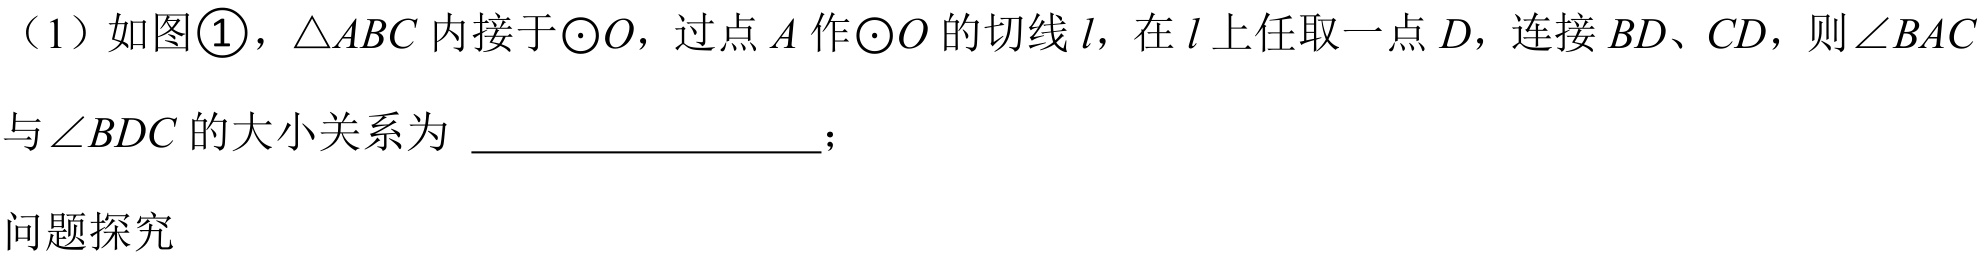
（1）如图\textcircled{1}，\(\triangle ABC\) 内接于\(\odot O\)，过点 \(A\) 作\(\odot O\) 的切线 \(l\)，在 \(l\) 上任取一点 \(D\)，连接 \(BD\)、\(CD\)，则\(\angle BAC\) 与\(\angle BDC\) 的大小关系为  ；
问题探究